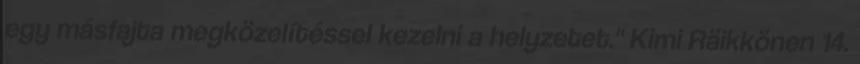
egy másfajta megközelítéssel kezelni a helyzetet." Kimi Räikkönen 14.